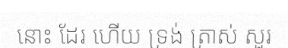
នោះ ដែរ ហើយ ទ្រង់ ត្រាស់ សួរ